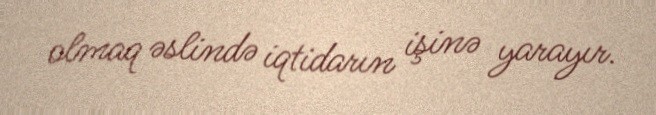
olmaq əslində iqtidarın işinə yarayır.